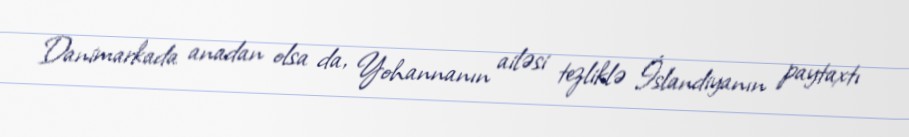
Danimarkada anadan olsa da, Yohannanın ailəsi tezliklə İslandiyanın paytaxtı